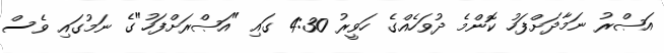
އަޞްރު ނަމާދަށްފަހު ކޮންމެ ދުވަހެއްގެ ހަވީރު 4:30 ގައި "އަޞްރަށްފަހު"ގެ ނަމުގައި ވެސް